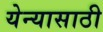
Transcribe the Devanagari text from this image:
येन्यासाठी